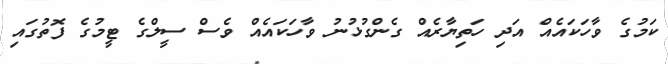
ކަމުގެ ވާހަކައެއް އަދި ހަތިޔާރެއް ގެންގުޅުނު ވާހަކައެއް ވެސް ސީލްގެ ޓީމުގެ ފޮތުގައި